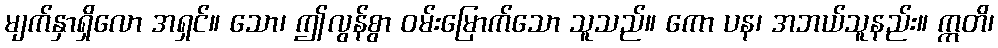
မျက်နှာရှိလော အရှင်။ သော၊ ဤလွန်စွာ ဝမ်းမြောက်သော သူသည်။ ကော ပန၊ အဘယ်သူနည်း။ ဣတိ၊